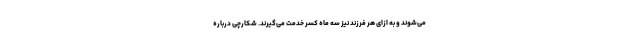
می‌شوند و به ازای هر فرزند نیز سه ماه کسر خدمت می‌گیرند. شکارچی درباره